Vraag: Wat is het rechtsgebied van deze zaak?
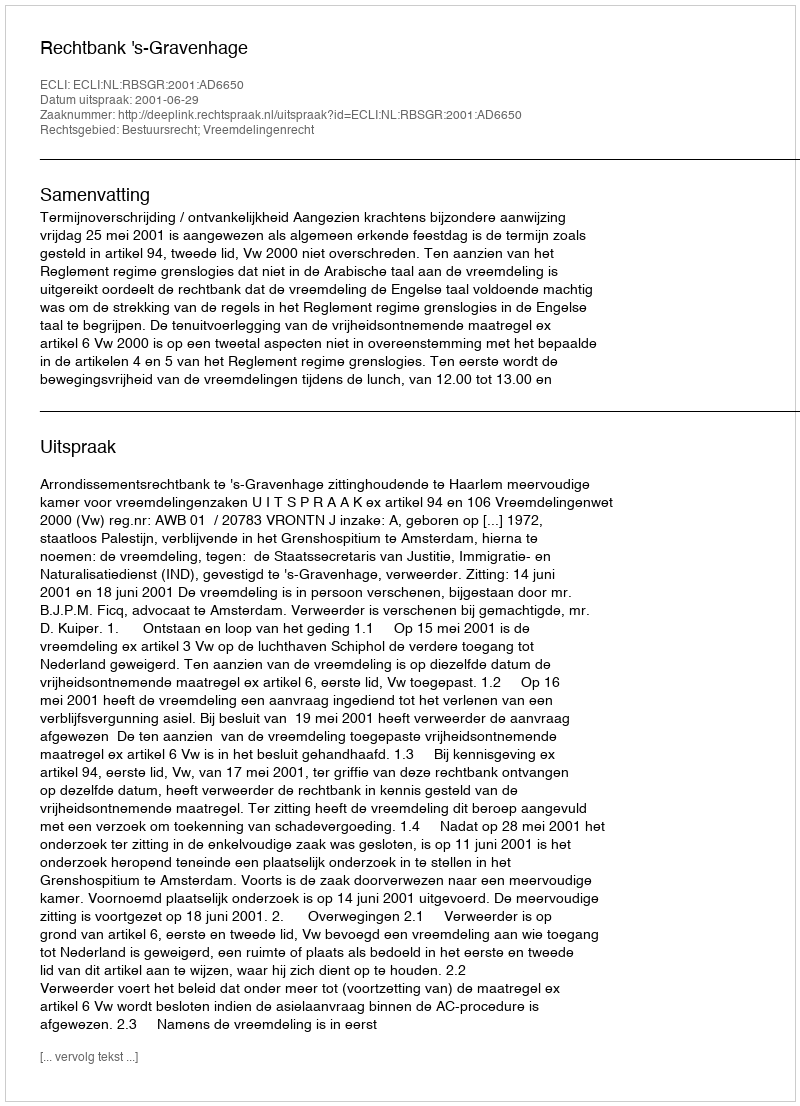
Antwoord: Bestuursrecht; Vreemdelingenrecht